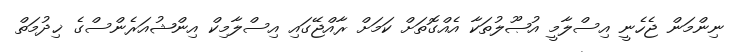
ނިންމަން ޖެހެނީ އިސްލާމީ އުޞޫލުތަކާ އެއްގޮތަށް ކަމަށް ރާއްޖޭގައި އިސްލާމިކް އިންޝުއަރެންސްގެ ޚިދުމަތް